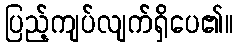
ပြည့်ကျပ်လျက်ရှိပေ၏။